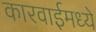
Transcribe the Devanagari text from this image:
कारवाईमध्ये